Notes on vaccination in the North-West Frontier Province 1923-1928 - 1923-1928
Year: 1923
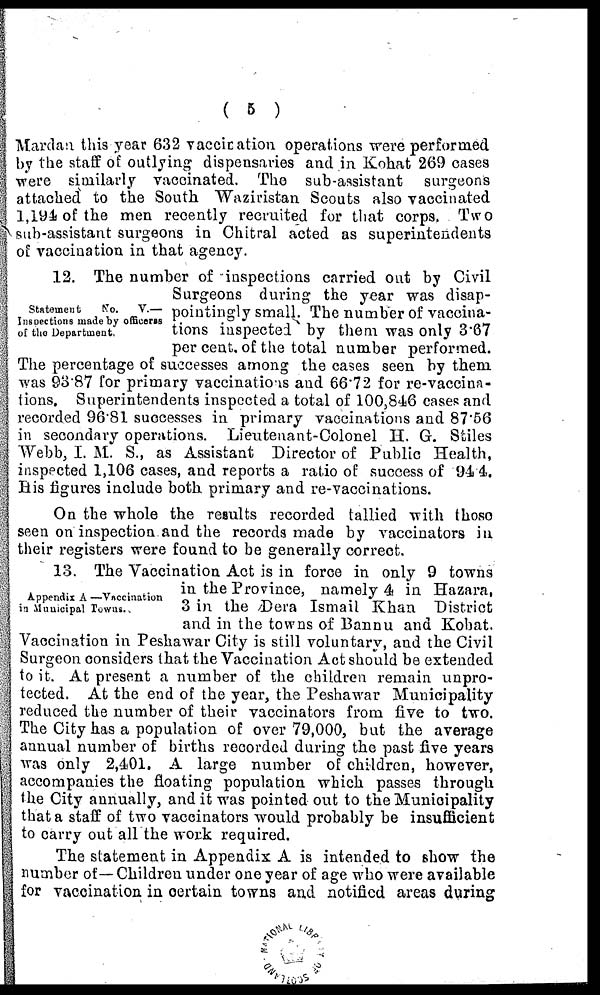
( 5 )
Mardan this year 632 vaccination operations were performed
by the staff of outlying dispensaries and in Kohat 269 oases
were similarly vaccinated. The sub-assistant surgeons
attached to the South Waziristan Scouts also vaccinated
1,194 of the men recently recruited for that corps. Two
sub-assistant surgeons in Chitral acted as superintendents
of vaccination in that agency.
Statement
No.
V.—
Inspections made by officeres
of the Department,
12. The number of inspections carried out by Civil
Surgeons during the year was disap-
pointingly small. The number of vaccina-
tions inspected by them was only 3.67
per cent. of the total number performed.
The percentage of successes among the cases seen by them
was 93.87 for primary vaccinations and 66.72 for re-vaccina-
tions. Superintendents inspected a total of 100,846 cases and
recorded 96.81 successes in primary vaccinations and 87.56
in secondary operations. Lieutenant-Colonel H. G. Stiles
Webb, I. M. S., as Assistant Director of Public Health,
inspected 1,106 cases, and reports a ratio of success of 94.4.
His figures include both primary and re-vaccinations.
On the whole the results recorded tallied with these
seen on inspection and the records made by vaccinators in
their registers were found to be generally correct.
Appendix A —Vaccination
in Municipal Towns.
13. The Vaccination Act is in force in only 9 towns
in the Province, namely 4 in Hazara,
3 in the Dera Ismail Khan District
and in the towns of Bannu and Kohat.
Vaccination in Peshawar City is still voluntary, and the Civil
Surgeon considers that the Vaccination Act should be extended
to it. At present a number of the children remain unpro-
tected. At the end of the year, the Peshawar Municipality
reduced the number of their vaccinators from five to two.
The City has a population of over 79,000, but the average
annual number of births recorded during the past five years
was only 2,401. A large number of children, however,
accompanies the floating population which passes through
the City annually, and it was pointed out to the Municipality
that a staff of two vaccinators would probably be insufficient
to carry out all the work required.
The statement in Appendix A is intended to show the
number of—Children under one year of age who were available
for vaccination in certain towns and notified areas during